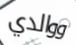
ووالدي